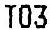
T03